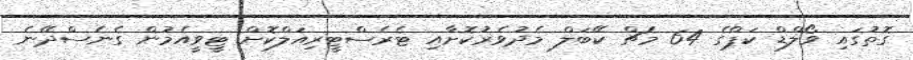
ގޮތުގައި ވޯލްޑް ކަޕްގެ 64 މެޗް ކޭބަލް މެދުވެރުކޮށާއި ޓެރެސްޓީރިއަލްކޮށް ޓީވީއެމުން ގެނެސްދޭނެ